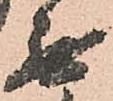
無